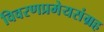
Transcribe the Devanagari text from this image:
विवरणप्रमेयसंग्रह